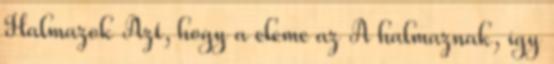
Halmazok Azt, hogy a eleme az A halmaznak, így